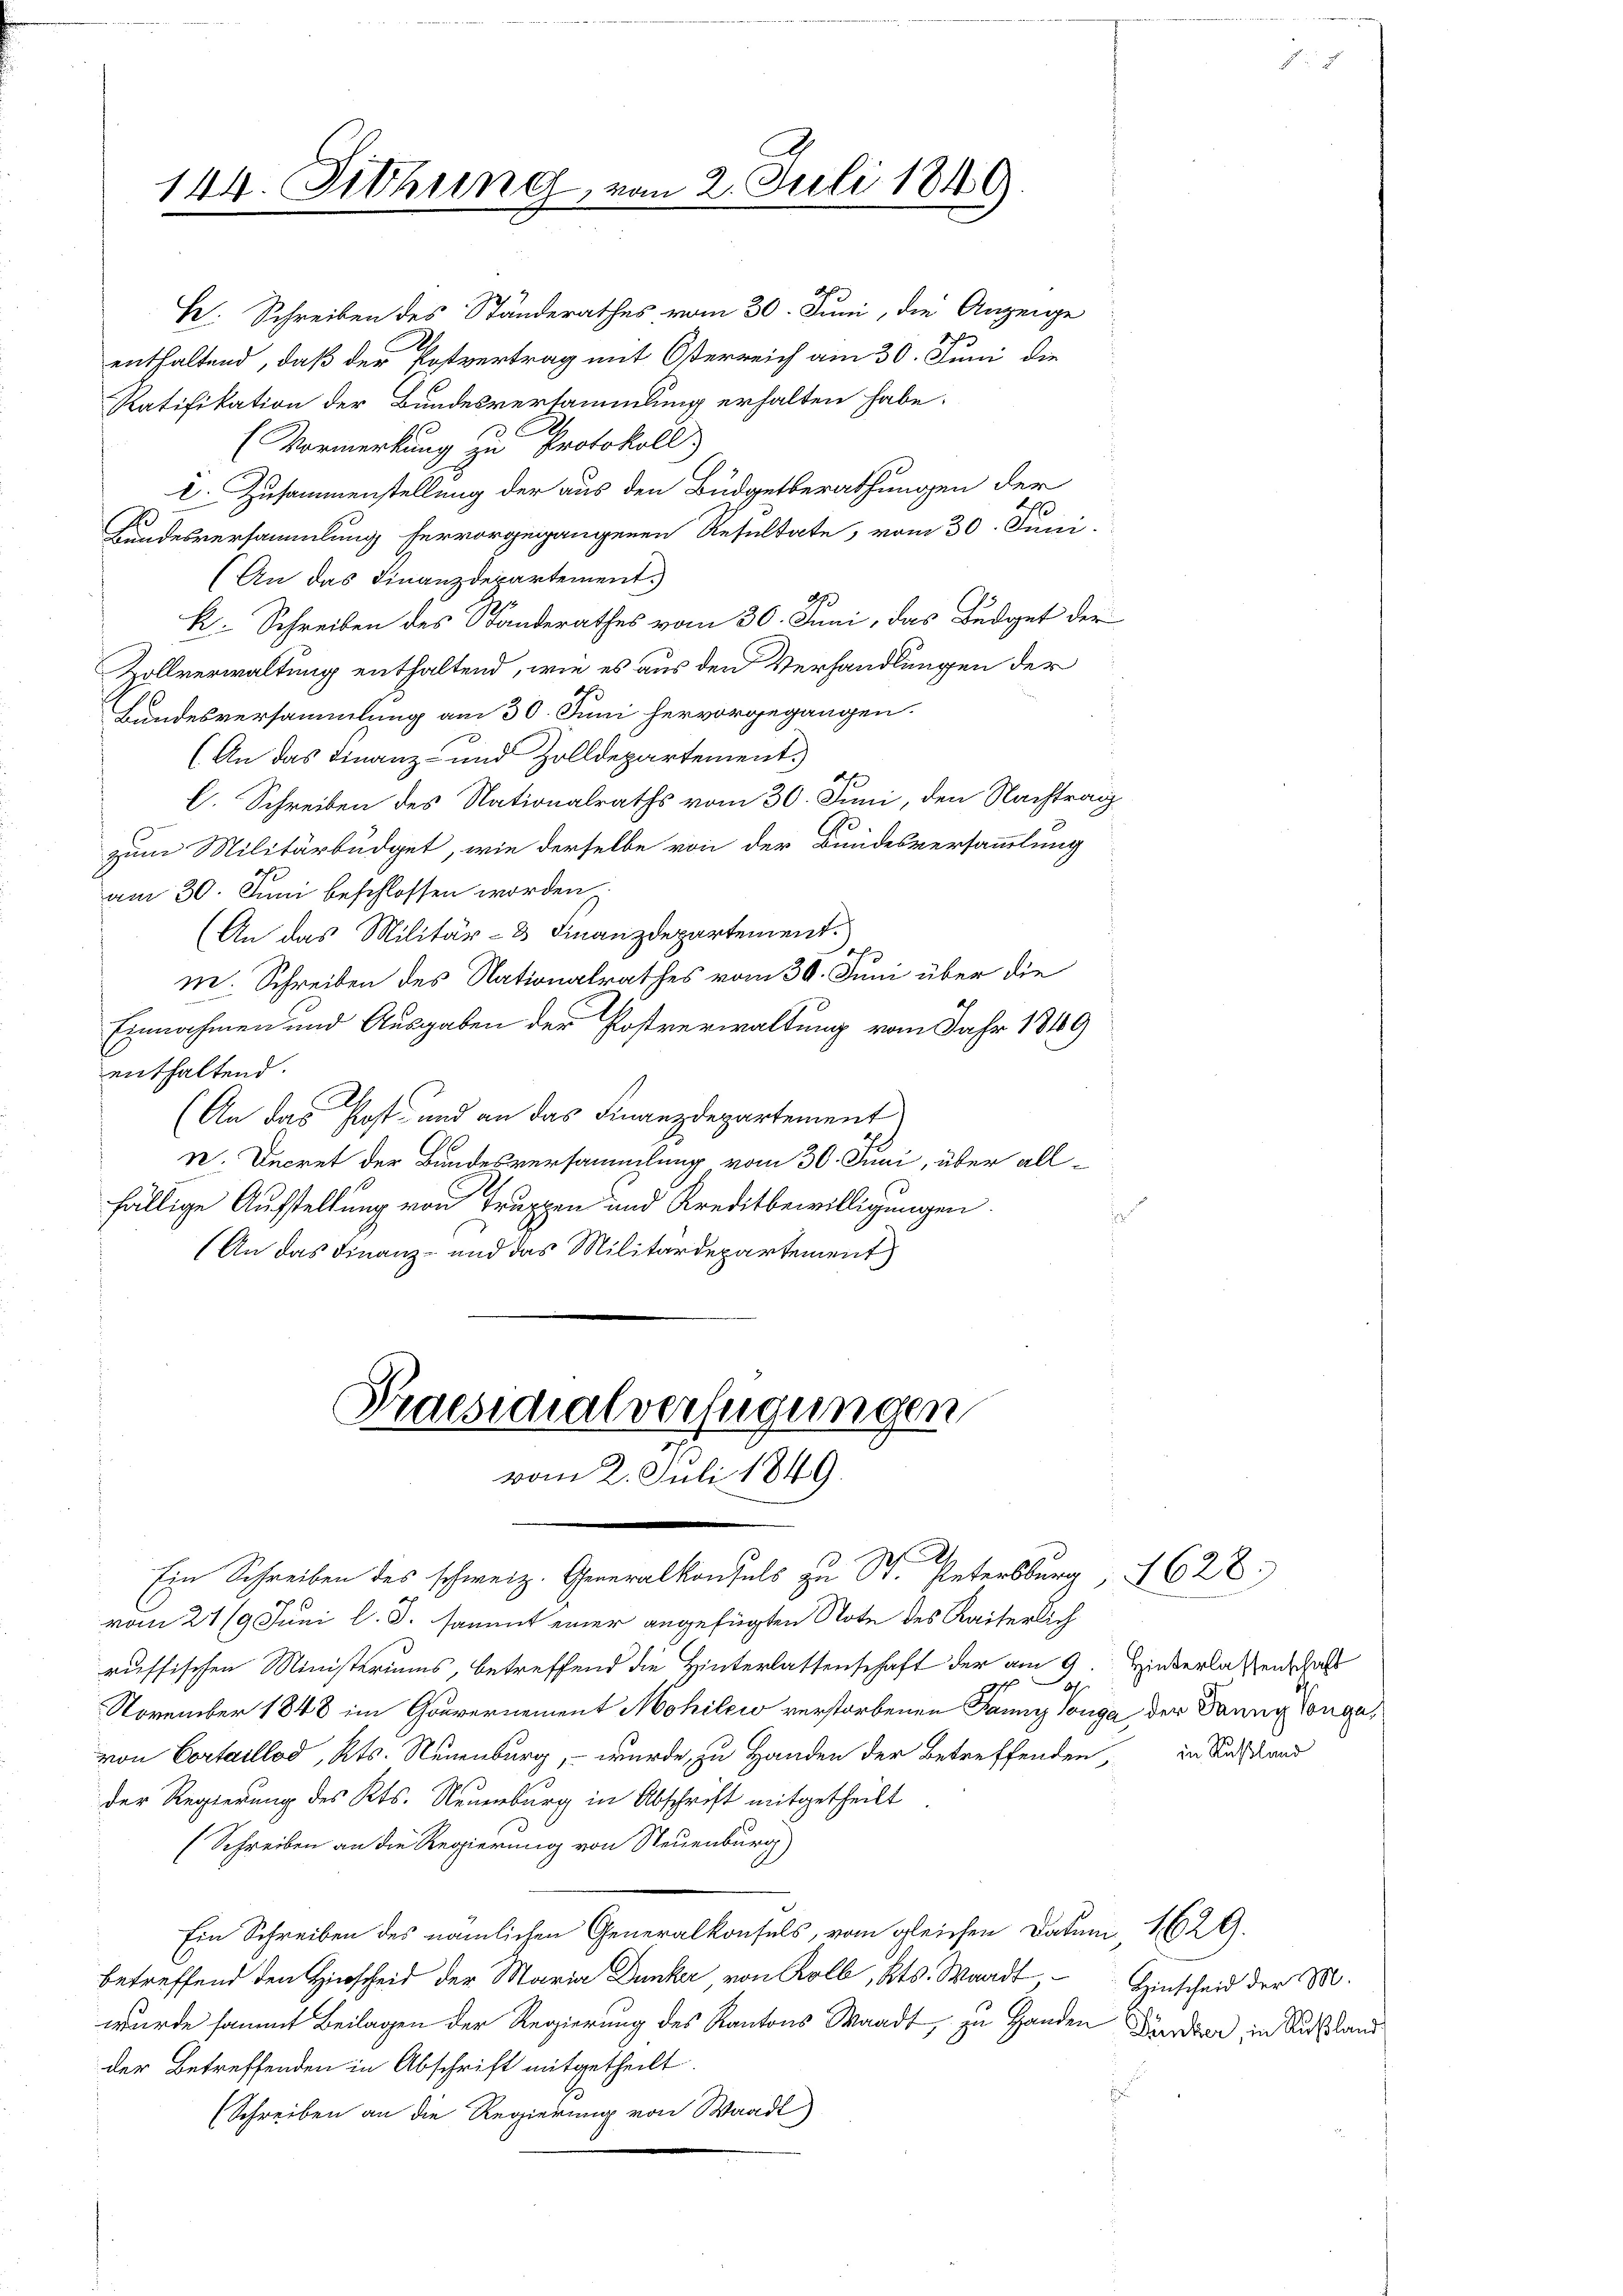
Ratifikation der Bundesversammlung erhalten habe.
(Vormerkung zu Protokoll)
E. Zusammenstellung der aus den Büdgetberathungen der
e
Bundesversammlung hervorgegangenen Resultate, vom 30. Juni.
(An das Finanzdepartement.
k. Schreiben des Standerathes vom 30. Juni, das Budget der
Zollverwaltung enthaltend, wie es aus den Verhandlungen der
Bundesversammlung am 30. Juni hervorgegangen.
(An das Finanz- und Zolldepartement.
4
C. Schreiben des Nationalraths vom 30. Juni, den Nachtrag
zum Militärbüdget, wie derselbe von der Bundesversammlung
am 30. Juni beschlossen worden.
(An das Militär- & Finanzdepartement.
Sch
m. Schreiben des Nationalrathes vom 30. Juni über die
Einnahmen und Ausgaben der Postverwaltung vom Jahr 1849
enthaltend.
(An das Post und an das Finanzdepartement
n. Decret der Bundesversammlung vom 30. Juni, über allfällige Aufstellung von Truppen und Kreditbewilligungen.

(An das Finanz- und das Militärdepartement

144. Sitzung,

H. Schreiben des Ständerathes vom 30. Juni, die Anzeige
enthaltend, daß der Postvertrag mit Österreich am 30. Juni die

vom 2. Juli 1849.

Praesidialverfügungen
vom 2. Juli 1849.
n
.

vom 21/9. Juni l. J. sammt einer angefügten Note des Kaiserlich
russischen Ministeriums, betreffend die Hinterlassenschaft der am 9
n
sch
November 1848 im Gouvernement Mohile verstorbenen Janny Tonga der Danny longavon Cortaillod, Kts. Neuenburg, – wurde, zu Handen der Betreffenden, in Anstand
der Regierung des Kts. Neuenburg in Abschrift mitgetheilt
(Schreiben an die Regierung von Neuenburg
Ein Schreiben des nämlichen Generalkonsuls, vom gleichen Datum, 1629.
betreffend den Hinscheid der Maria Dunke, von Kolb, Kts. Waadt,
wurde sammt Beilagen der Regierung des Kantons Waadt, zu Handen Kinder in Ausland
der Betreffenden in Abschrift mitgetheilt.
(Schreiben an die Regierung von Waadt)

Hinterlassenschaft

Hinscheid der M.